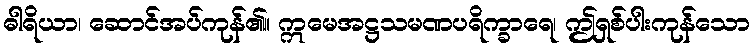
ဓါရိယာ၊ ဆောင်အပ်ကုန်၏။ ဣမေအဋ္ဌသမဏပရိက္ခာရေ၊ ဤရှစ်ပါးကုန်သော